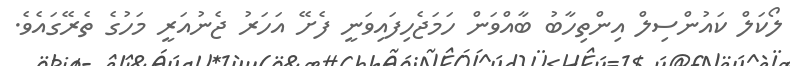
ލޯކަލް ކައުންސިލް އިންތިހާބު ބާއްވަން ހަމަޖެހިފައިވަނީ ފެށޭ އަހަރު ޖެނުއަރީ މަހުގެ ތެރޭގައެވެ.